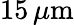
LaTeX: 15\, \mu\mathrm{m}